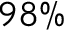
9 8 \%